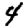
Digit: 4